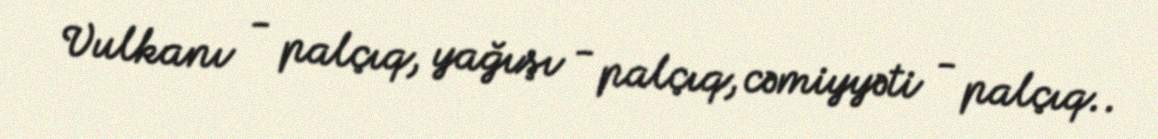
Vulkanı - palçıq, yağışı - palçıq, cəmiyyəti - palçıq..